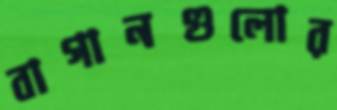
বাগানগুলোর